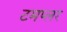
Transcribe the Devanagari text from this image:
टमप्लर